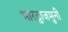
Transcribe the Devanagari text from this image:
भारद्वाजमुनी